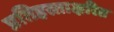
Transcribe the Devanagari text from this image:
प्रतिहस्ताक्षरित